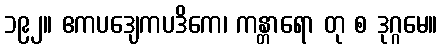
၁၉၂။ ဧကပဒျေကပဒိကေ၊ ကန္တာရော တု စ ဒုဂ္ဂမေ။